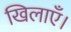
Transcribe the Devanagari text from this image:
खिलाएँ।